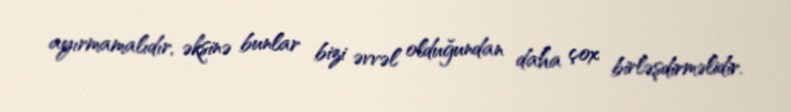
ayırmamalıdır, əksinə bunlar bizi əvvəl olduğundan daha çox birləşdirməlidir.